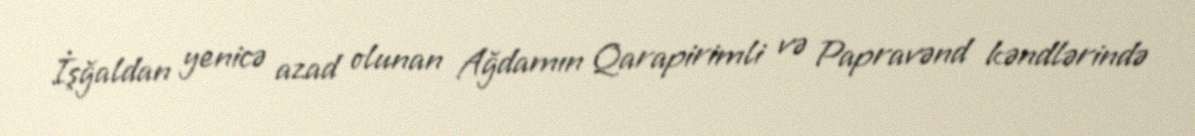
İşğaldan yenicə azad olunan Ağdamın Qarapirimli və Papravənd kəndlərində